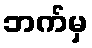
ဘက်မှ